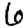
Digit: 6